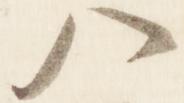
八